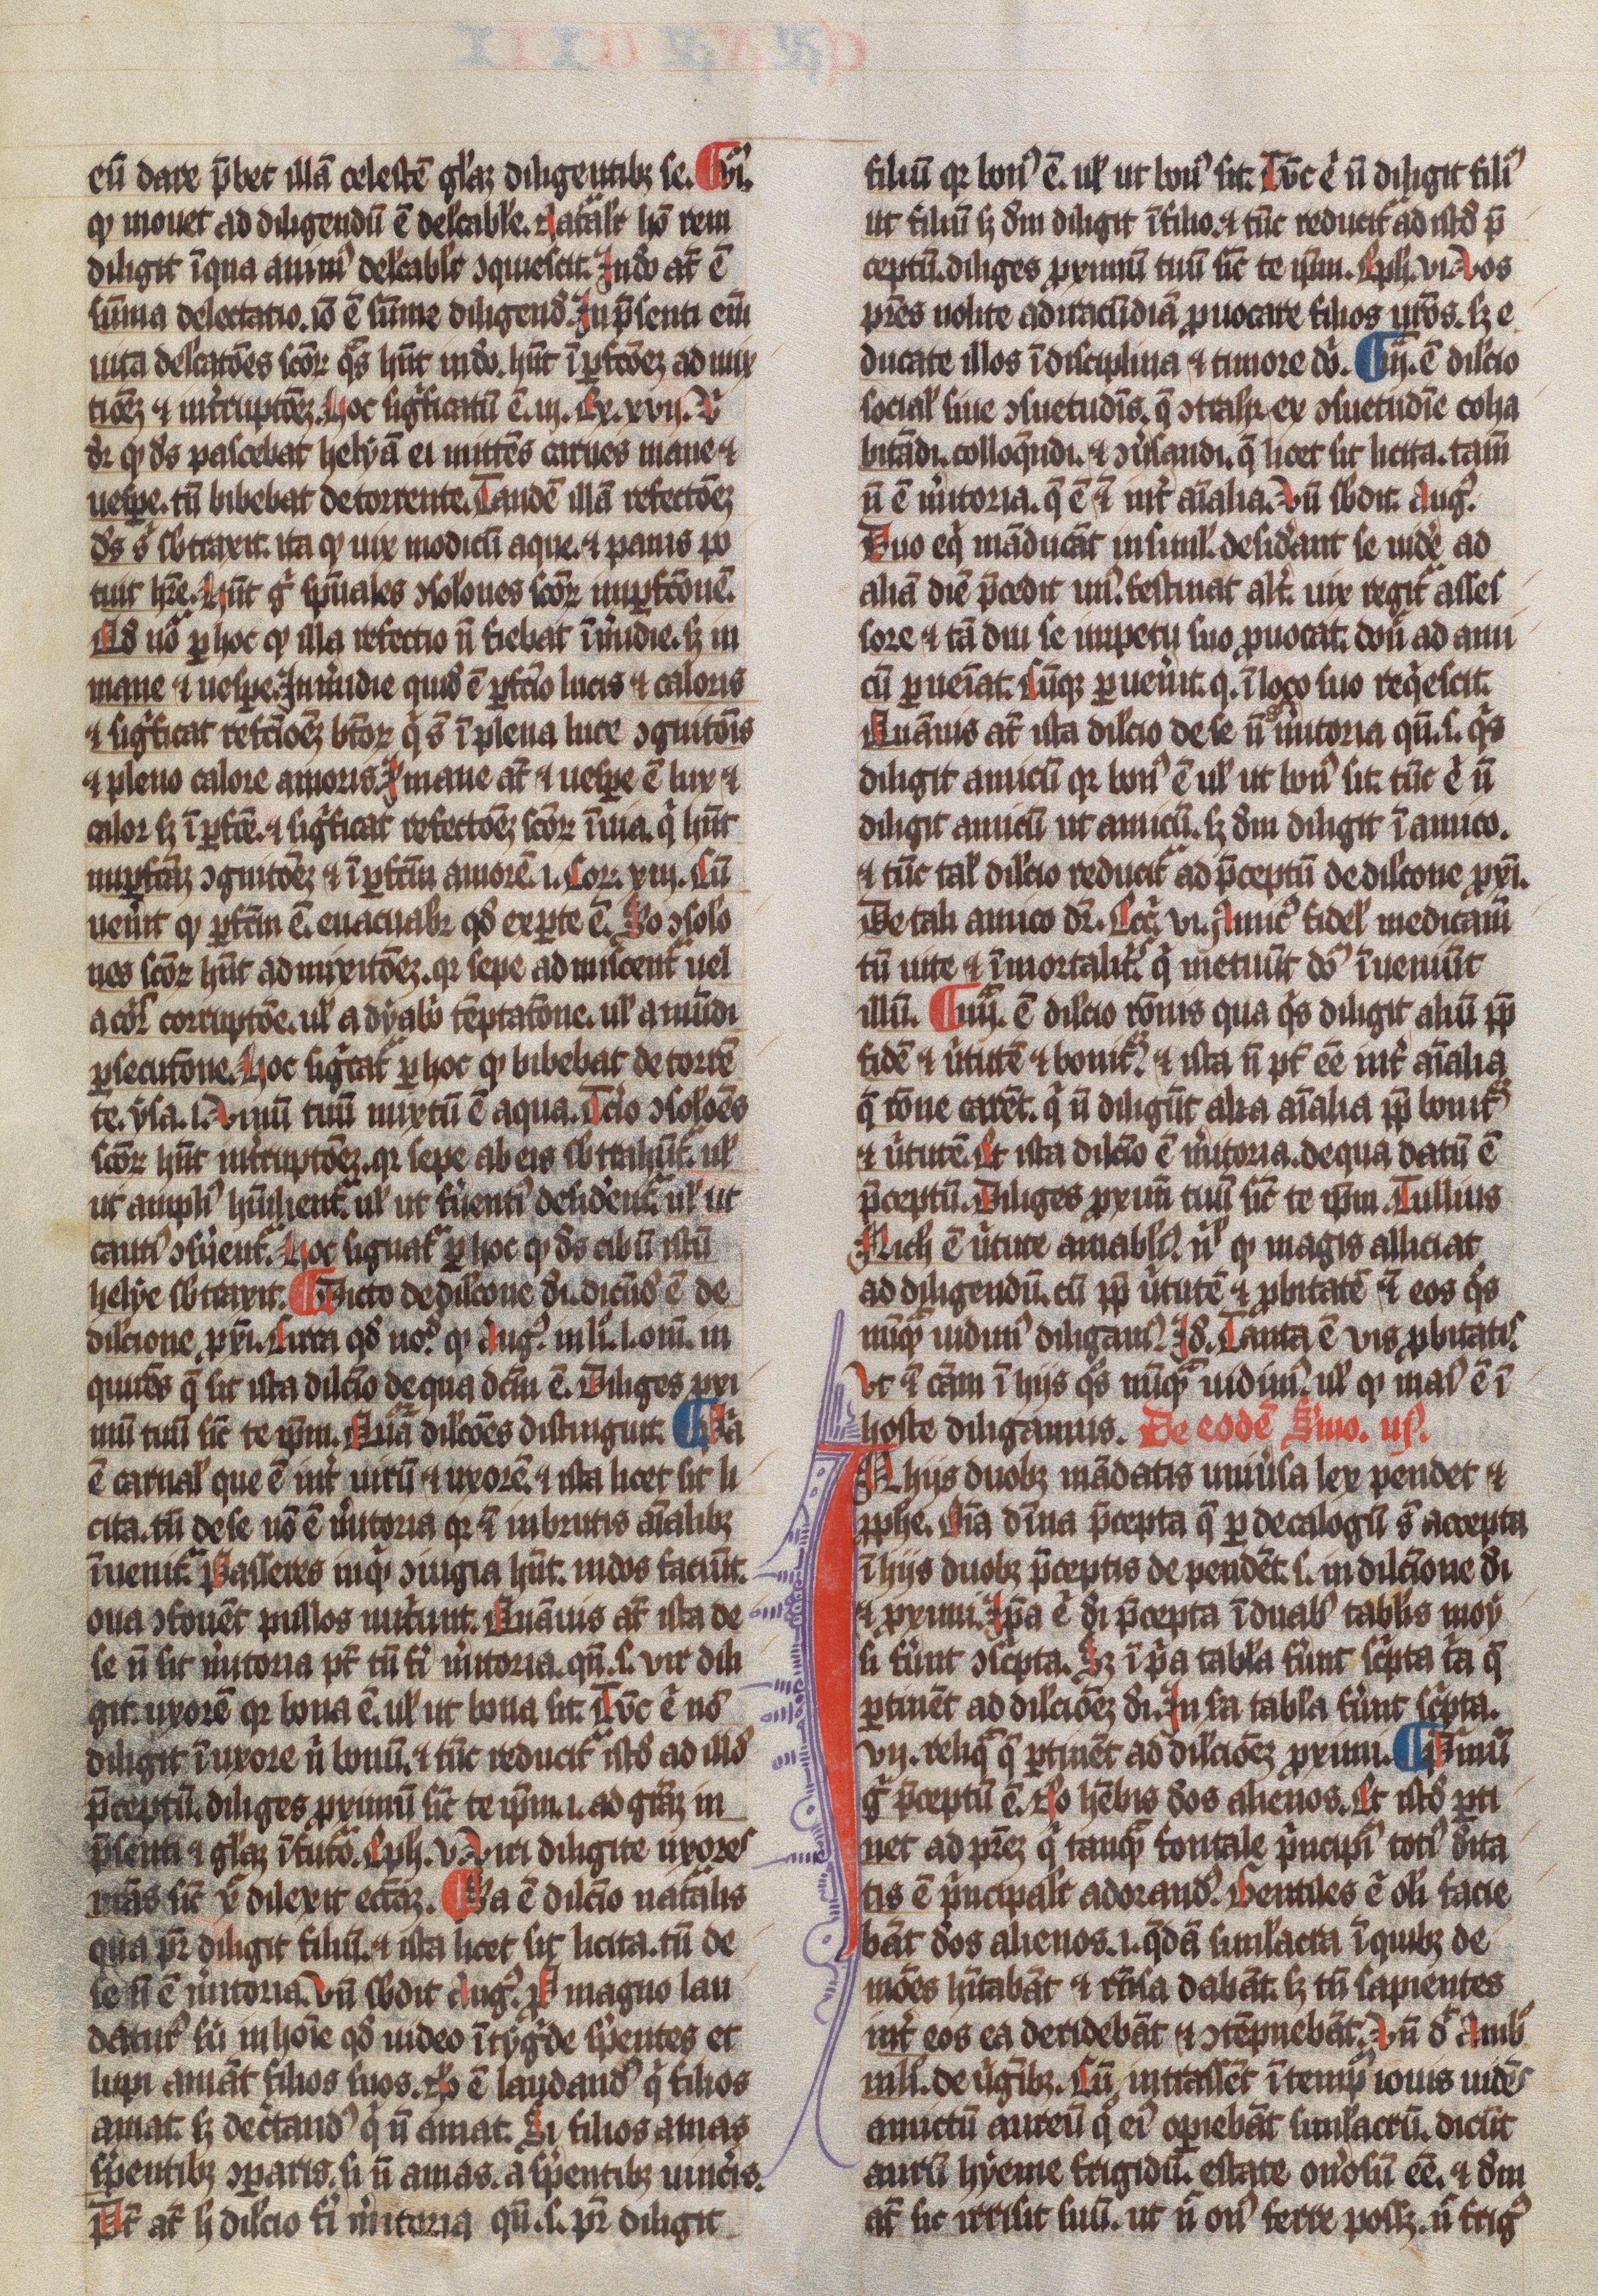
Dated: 1300–1349